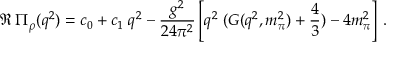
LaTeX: \Re \: \Pi _ { \rho } ( q ^ { 2 } ) = c _ { 0 } + c _ { 1 } \; q ^ { 2 } - \frac { g ^ { 2 } } { 2 4 \pi ^ { 2 } } \left[ q ^ { 2 } \; ( { \cal G } ( q ^ { 2 } , m _ { \pi } ^ { 2 } ) + \frac { 4 } { 3 } ) - 4 m _ { \pi } ^ { 2 } \right] \, .